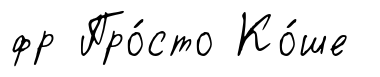
фр Про́сто Ко́ше